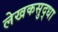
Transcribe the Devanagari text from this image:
लेखकसुद्धा